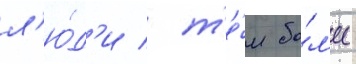
л'ю́д'и / т'е́м бо́л'ее